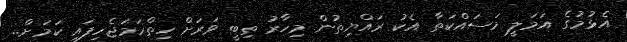
އެޅުމުގެ އަމަލީ މަސައްކަތާ އެކު ރައްޔިތުން މިހާރު ތިބީ ވަރަށް ހިތްހަމަޖެހިފައި ކަމަށް..